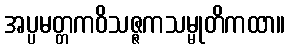
အပ္ပမတ္တကဝိသဇ္ဇကသမ္မုတိကထာ။